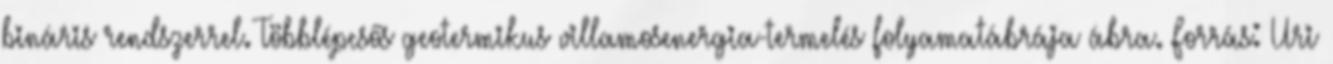
bináris rendszerrel. Többlépcsős geotermikus villamosenergia-termelés folyamatábrája ábra. Forrás: Uri